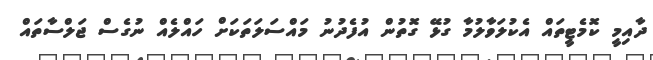
ދާއިމީ ކޮމެޓީތައް އެކުލަވާލުމާ ގުޅޭ ގޮތުން އުފެދުނު މައްސަލަތަކަށް ހައްލެއް ނުގެސް ޖަލްސާތައް